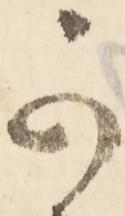
可